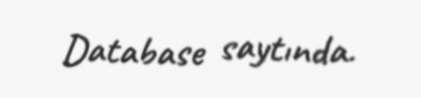
Database saytında.